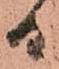
日